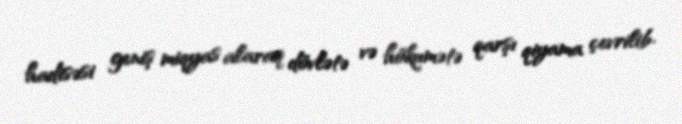
hadisəsi geniş miqyas alaraq dövlətə və hökumətə qarşı qiyama çevrilib.